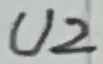
Text: U2